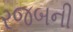
રજબની